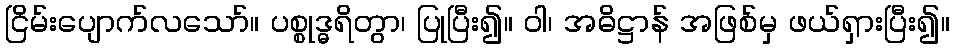
ငြိမ်းပျောက်လသော်။ ပစ္စုဒ္ဓရိတွာ၊ ပြုပြီး၍။ ဝါ၊ အဓိဋ္ဌာန် အဖြစ်မှ ဖယ်ရှားပြီး၍။